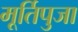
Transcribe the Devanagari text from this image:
मूर्तिपुजा